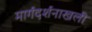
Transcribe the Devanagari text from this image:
मार्गदर्शनाखली